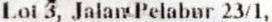
LOT 3, JALAN PELABUR 23/1,